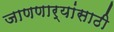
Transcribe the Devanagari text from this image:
जाणणार्‍यांसाठी